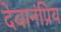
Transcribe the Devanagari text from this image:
देवानंप्रिय